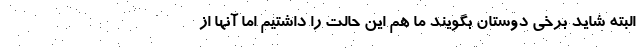
البته شاید برخی دوستان بگویند ما هم این حالت را داشتیم اما آنها از